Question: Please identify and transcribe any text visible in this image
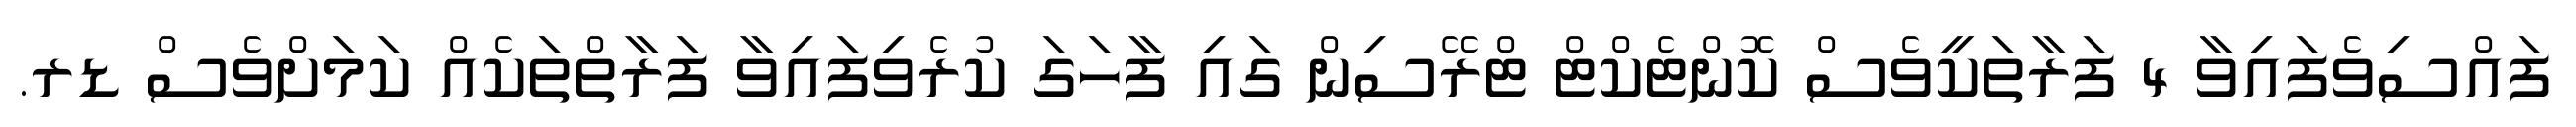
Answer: ފައްސިވެފައިވާ 4 ފަރާތަކީވެސް ކޮންޓެކްޓް ޓްރޭސިން ގައި ފާހަގަ ކުރެވިފައިވާ ފަރާތްތަކެއް ކަމަށްވެސް ޑރ.